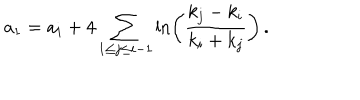
a _ { 1 } = a _ { i } + 4 \sum _ { 1 \leq j \leq i - 1 } \ln \left( \frac { k _ { j } - k _ { i } } { k _ { i } + k _ { j } } \right) \, .